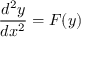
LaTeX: { \frac { d ^ { 2 } y } { d x ^ { 2 } } } = F ( y ) \,